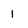
Character: 1